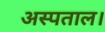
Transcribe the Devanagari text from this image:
अस्पताल।